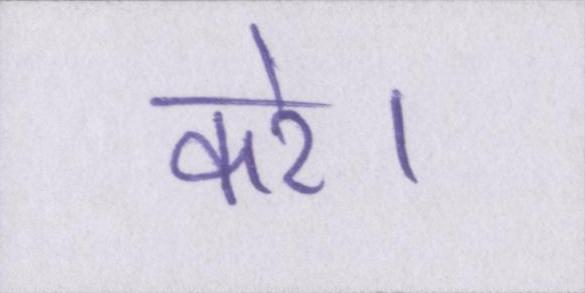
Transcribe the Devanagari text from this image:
करे।